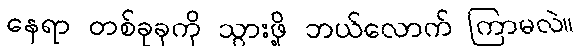
နေရာ တစ်ခုခုကို သွားဖို့ ဘယ်လောက် ကြာမလဲ။